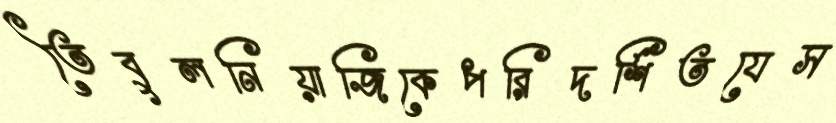
তৈবুলনিয়াজিকেপরিদর্শিতযেস